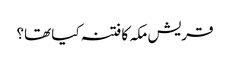
قریش مکہ کا فتنہ کیا تھا؟